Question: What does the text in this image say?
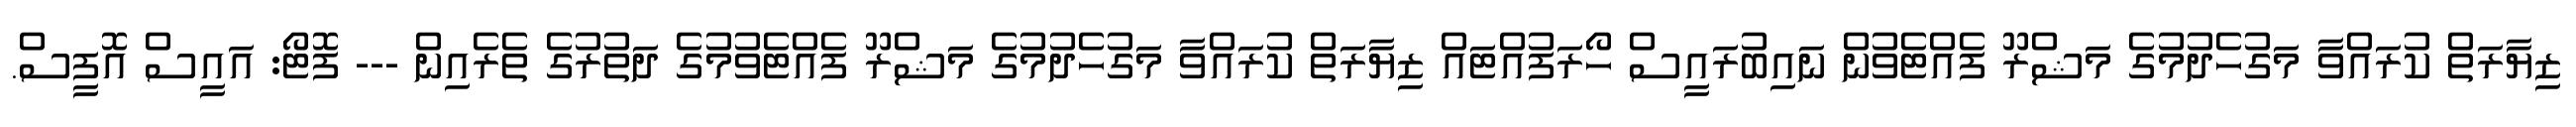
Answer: ޒިޔާރަތް ކުރައްވާ މަގުހެދުމުގެ މަޝްރޫ ފެއްޓެވުން ނައިބުރައީސް ހޯރަފުއްޓައް ޒިޔާރަތް ކުރައްވާ މަގުހެދުމުގެ މަޝްރޫ ފެއްޓެވުމުގެ ދަތުރުގެ ތެރެއިން --- ފޮޓޯ: އައީސް އޮފީސް.